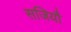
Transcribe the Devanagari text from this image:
सजियौ